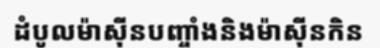
ដំបូលម៉ាស៊ីនបញ្ចាំងនិងម៉ាស៊ីនកិន